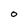
Character: 0